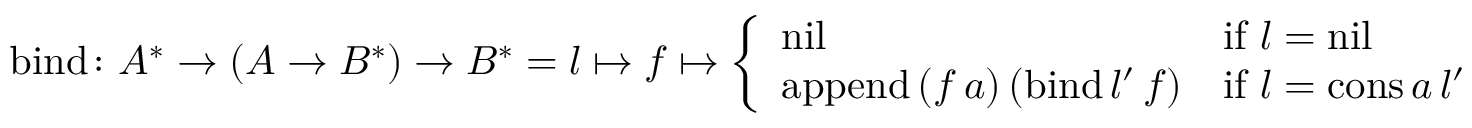
{ \mathrm { b i n d } } \colon A ^ { * } \to ( A \to B ^ { * } ) \to B ^ { * } = l \mapsto f \mapsto { \left\{ \begin{array} { l l } { { \mathrm { n i l } } } & { { \mathrm { i f } } \ l = { \mathrm { n i l } } } \\ { { \mathrm { a p p e n d } } \, ( f \, a ) \, ( { \mathrm { b i n d } } \, l ^ { \prime } \, f ) } & { { \mathrm { i f } } \ l = { \mathrm { c o n s } } \, a \, l ^ { \prime } } \end{array} \right. }